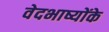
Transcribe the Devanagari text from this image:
वेदभाष्योंके